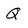
Character: Q